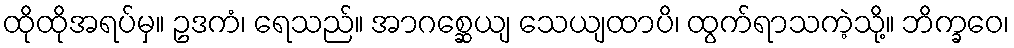
ထိုထိုအရပ်မှ။ ဥဒကံ၊ ရေသည်။ အာဂစ္ဆေယျ သေယျထာပိ၊ ထွက်ရာသကဲ့သို့။ ဘိက္ခဝေ၊